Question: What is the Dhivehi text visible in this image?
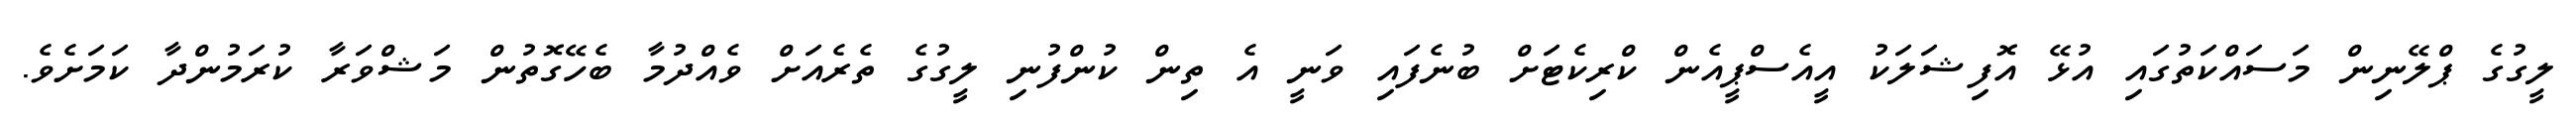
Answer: ލީގުގެ ޕްލޭނިން މަސައްކަތުގައި އުޅޭ އޮފިޝަލަކު އީއެސްޕީއެން ކްރިކެޓަށް ބުނެފައި ވަނީ އެ ތިން ކުންފުނި ލީގުގެ ތެރެއަށް ވެއްދުމާ ބެހޭގޮތުން މަޝްވަރާ ކުރަމުންދާ ކަމަށެވެ.